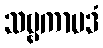
သဗ္ဗကာမဒံ